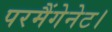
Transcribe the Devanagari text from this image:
परमैंगेनेट।